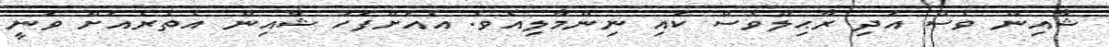
ޝާއިން ވެސް އަދި ރާޙިލްވެސް ކައި ނިންމާލިއެވެ. އެއަށްފަހު ޝާއިން އެތެރެއަށް ވަނީ